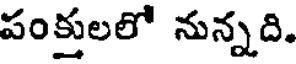
పంక్తులలో నున్నది.